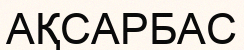
АҚСАРБАС